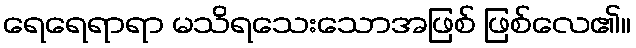
ရေရေရာရာ မသိရသေးသောအဖြစ် ဖြစ်လေ၏။